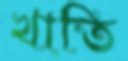
খাতি